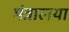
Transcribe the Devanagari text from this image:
मंत्रालया